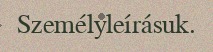
Személyleírásuk.